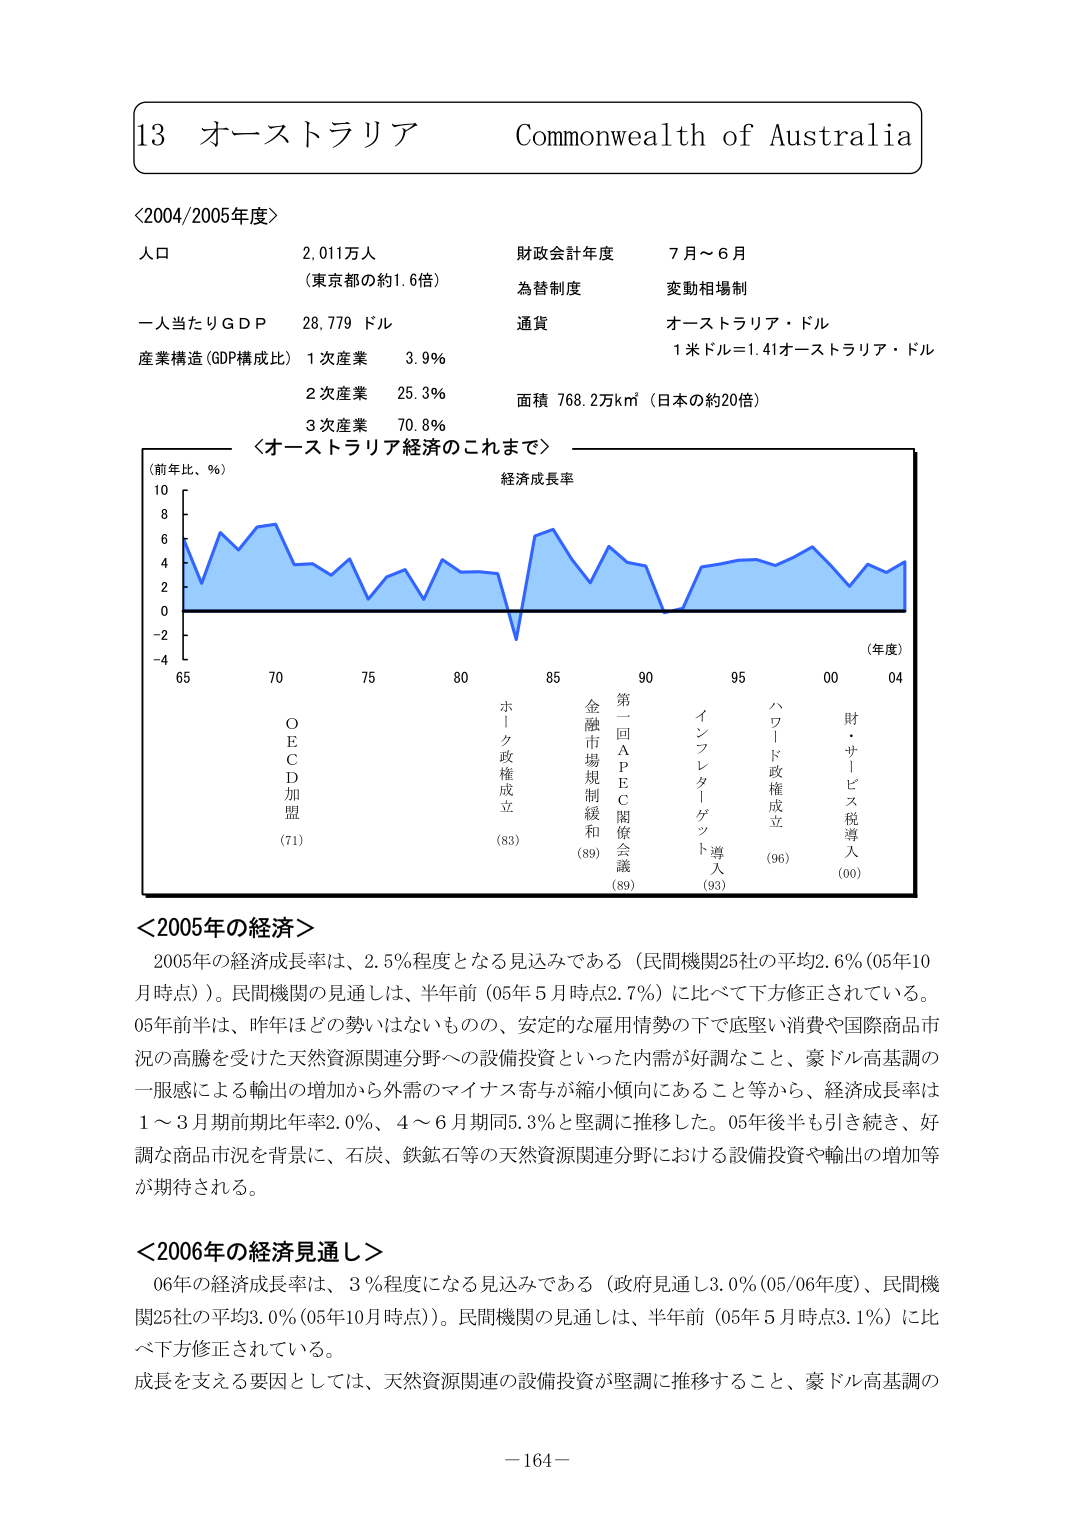
13 オーストラリア Commonwealth of Australia

＜2004/2005年度＞
人口 2,011万人 （東京都の約1.6倍）
一人当たりＧＤＰ 28,779 ドル
産業構造（GDP構成比） 1次産業 3.9%
2次産業 25.3%
3次産業 70.8%
財政会計年度 7月～6月
為替制度 変動相場制
通貨 オーストラリア・ドル
1米ドル＝1.41オーストラリア・ドル
面積 768.2万km²（日本の約20倍）

＜オーストラリア経済のこれまで＞
（前年比、％）
経済成長率
（年度）
65 70 75 80 85 90 95 00 04
O E C D 加 盟 （71）
ホーク政権成立 （83）
金融市場規制緩和 （89）
第一回ＡＰＥＣ閣僚会議 （89）
インフレターゲット導入 （93）
ハワード政権成立 （96）
財・サービス税導入 （00）

＜2005年の経済＞
2005年の経済成長率は、2.5％程度となる見込みである（民間機関25社の平均2.6％（05年10月時点））。民間機関の見通しは、半年前（05年5月時点2.7％）に比べて下方修正されている。05年前半は、昨年ほどの勢いはないものの、安定的な雇用情勢の下で底堅い消費や国際商品市況の高騰を受けた天然資源関連分野への設備投資といった内需が好調なこと、豪ドル高基調の一般感による輸出の増加から外需のマイナス寄与が縮小傾向にあること等から、経済成長率は1～3月期前期比年率2.0％、4～6月期同5.3％と堅調に推移した。05年後半も引き続き、好調な商品市況を背景に、石炭、鉄鉱石等の天然資源関連分野における設備投資や輸出の増加等が期待される。

＜2006年の経済見通し＞
06年の経済成長率は、3％程度になる見込みである（政府見通し3.0％（05/06年度）、民間機関25社の平均3.0％（05年10月時点））。民間機関の見通しは、半年前（05年5月時点3.1％）に比べ下方修正されている。
成長を支える要因としては、天然資源関連の設備投資が堅調に推移すること、豪ドル高基調の

－164－